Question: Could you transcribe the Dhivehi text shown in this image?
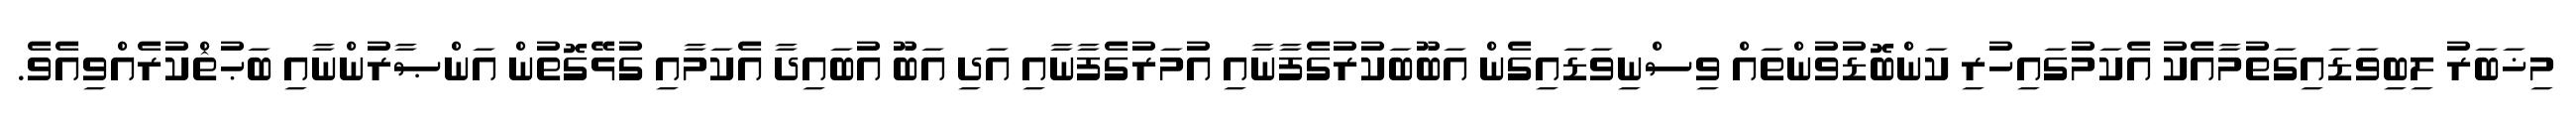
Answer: މިޚަބަރު ލިބިވަޑައިގަތުމާއެކު އެކަމުގައިހުރި ކަންބޮޑުވުންތައް ވިސްނިވަޑައިގެން އަބޫބަކުރުގެފާނާއި އުމަރުގެފާނާއި އަދި އަބޫ އުބައިދާ އެކަމާއި ގުޅޭގޮތުން އަންޞާރުންނާއި ބަޙުޘްކުރެއްވިއެވެ.